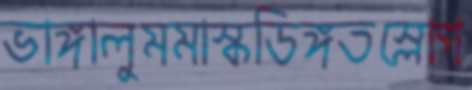
ভাঙ্গালুমমাস্কডিঙ্গতস্লোগ